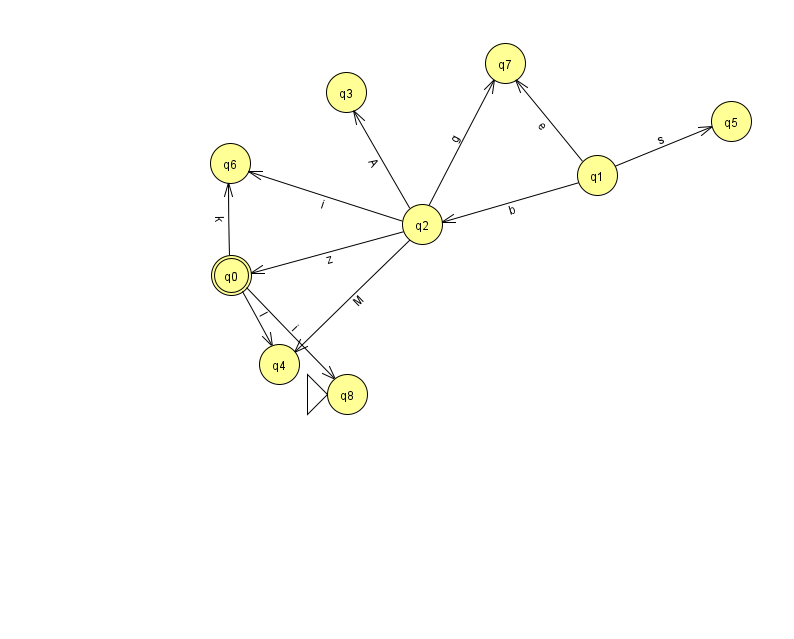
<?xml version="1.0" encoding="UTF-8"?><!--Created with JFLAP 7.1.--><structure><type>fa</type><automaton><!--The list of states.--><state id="0" name="q0"><x>231.0</x><y>262.0</y><final/></state><state id="1" name="q1"><x>597.0</x><y>162.0</y></state><state id="2" name="q2"><x>422.0</x><y>211.0</y></state><state id="3" name="q3"><x>346.0</x><y>79.0</y></state><state id="4" name="q4"><x>279.0</x><y>351.0</y></state><state id="5" name="q5"><x>731.0</x><y>108.0</y></state><state id="6" name="q6"><x>230.0</x><y>150.0</y></state><state id="7" name="q7"><x>505.0</x><y>50.0</y></state><state id="8" name="q8"><x>347.0</x><y>381.0</y><initial/></state><!--The list of transitions.--><transition><from>1</from><to>2</to><read>b</read></transition><transition><from>0</from><to>8</to><read>i</read></transition><transition><from>2</from><to>3</to><read>A</read></transition><transition><from>1</from><to>5</to><read>s</read></transition><transition><from>2</from><to>6</to><read>i</read></transition><transition><from>2</from><to>0</to><read>z</read></transition><transition><from>2</from><to>4</to><read>M</read></transition><transition><from>2</from><to>7</to><read>g</read></transition><transition><from>0</from><to>4</to><read>l</read></transition><transition><from>0</from><to>6</to><read>k</read></transition><transition><from>1</from><to>7</to><read>e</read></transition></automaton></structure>